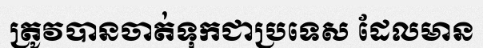
ត្រូវបានចាត់ទុកជាប្រទេស ដែលមាន